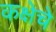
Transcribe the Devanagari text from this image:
कक्षेचे